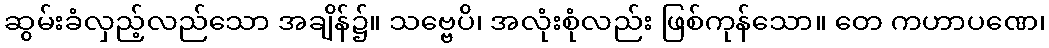
ဆွမ်းခံလှည့်လည်သော အချိန်၌။ သဗ္ဗေပိ၊ အလုံးစုံလည်း ဖြစ်ကုန်သော။ တေ ကဟာပဏေ၊